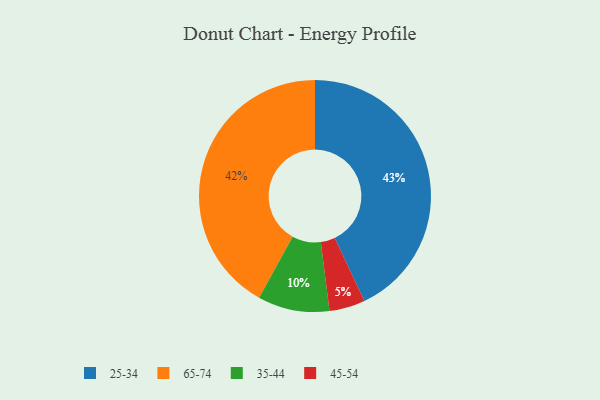
{"axis": {"x": "Category", "y": "Percentage"}, "legend": ["25-34", "35-44", "45-54", "65-74"], "data": [{"x": "45-54", "y": 5, "type": "45-54"}, {"x": "35-44", "y": 10, "type": "35-44"}, {"x": "25-34", "y": 43, "type": "25-34"}, {"x": "65-74", "y": 42, "type": "65-74"}]}